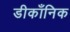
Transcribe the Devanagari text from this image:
डीकॉंनिक